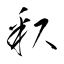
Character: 釈